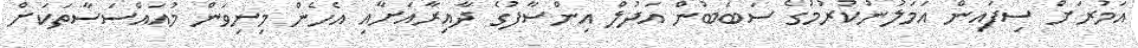
އަމުރަށް ސިފައިން އަމަލުނުކުރުމުގެ ސަބަބުން އަދުލް އިންސާފުގެ ދާއިރާއަށާއި އެހެން މިނިވަން މުއައްސަސާތަކަށް